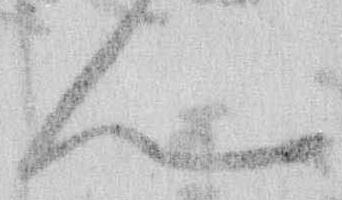
ん